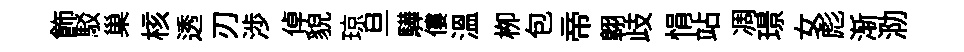
飾駁巢核透刃渉倬貌琼旦驊僂溫栁包帝翺歧悁站凋璟女彪渐泐